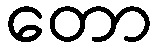
တော